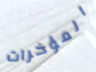
المؤخرات